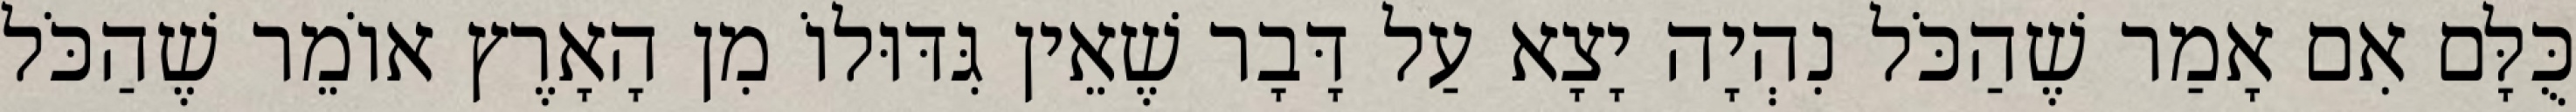
כֻּלָּם אִם אָמַר שֶׁהַכֹּל נִהְיָה יָצָא עַל דָּבָר שֶׁאֵין גִּדּוּלוֹ מִן הָאָרֶץ אוֹמֵר שֶׁהַכֹּל